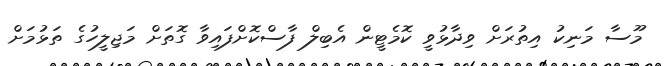
މޫސާ މަނިކު އިތުރަށް ވިދާޅުވީ ކޮމެޓީން އެބިލް ފާސްކޮށްފައިވާ ގޮތަށް މަޖިލީހުގެ ތަޅުމަށް